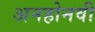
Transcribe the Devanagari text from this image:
अनहोनवी